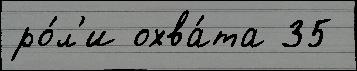
ро́л'и охва́та 35